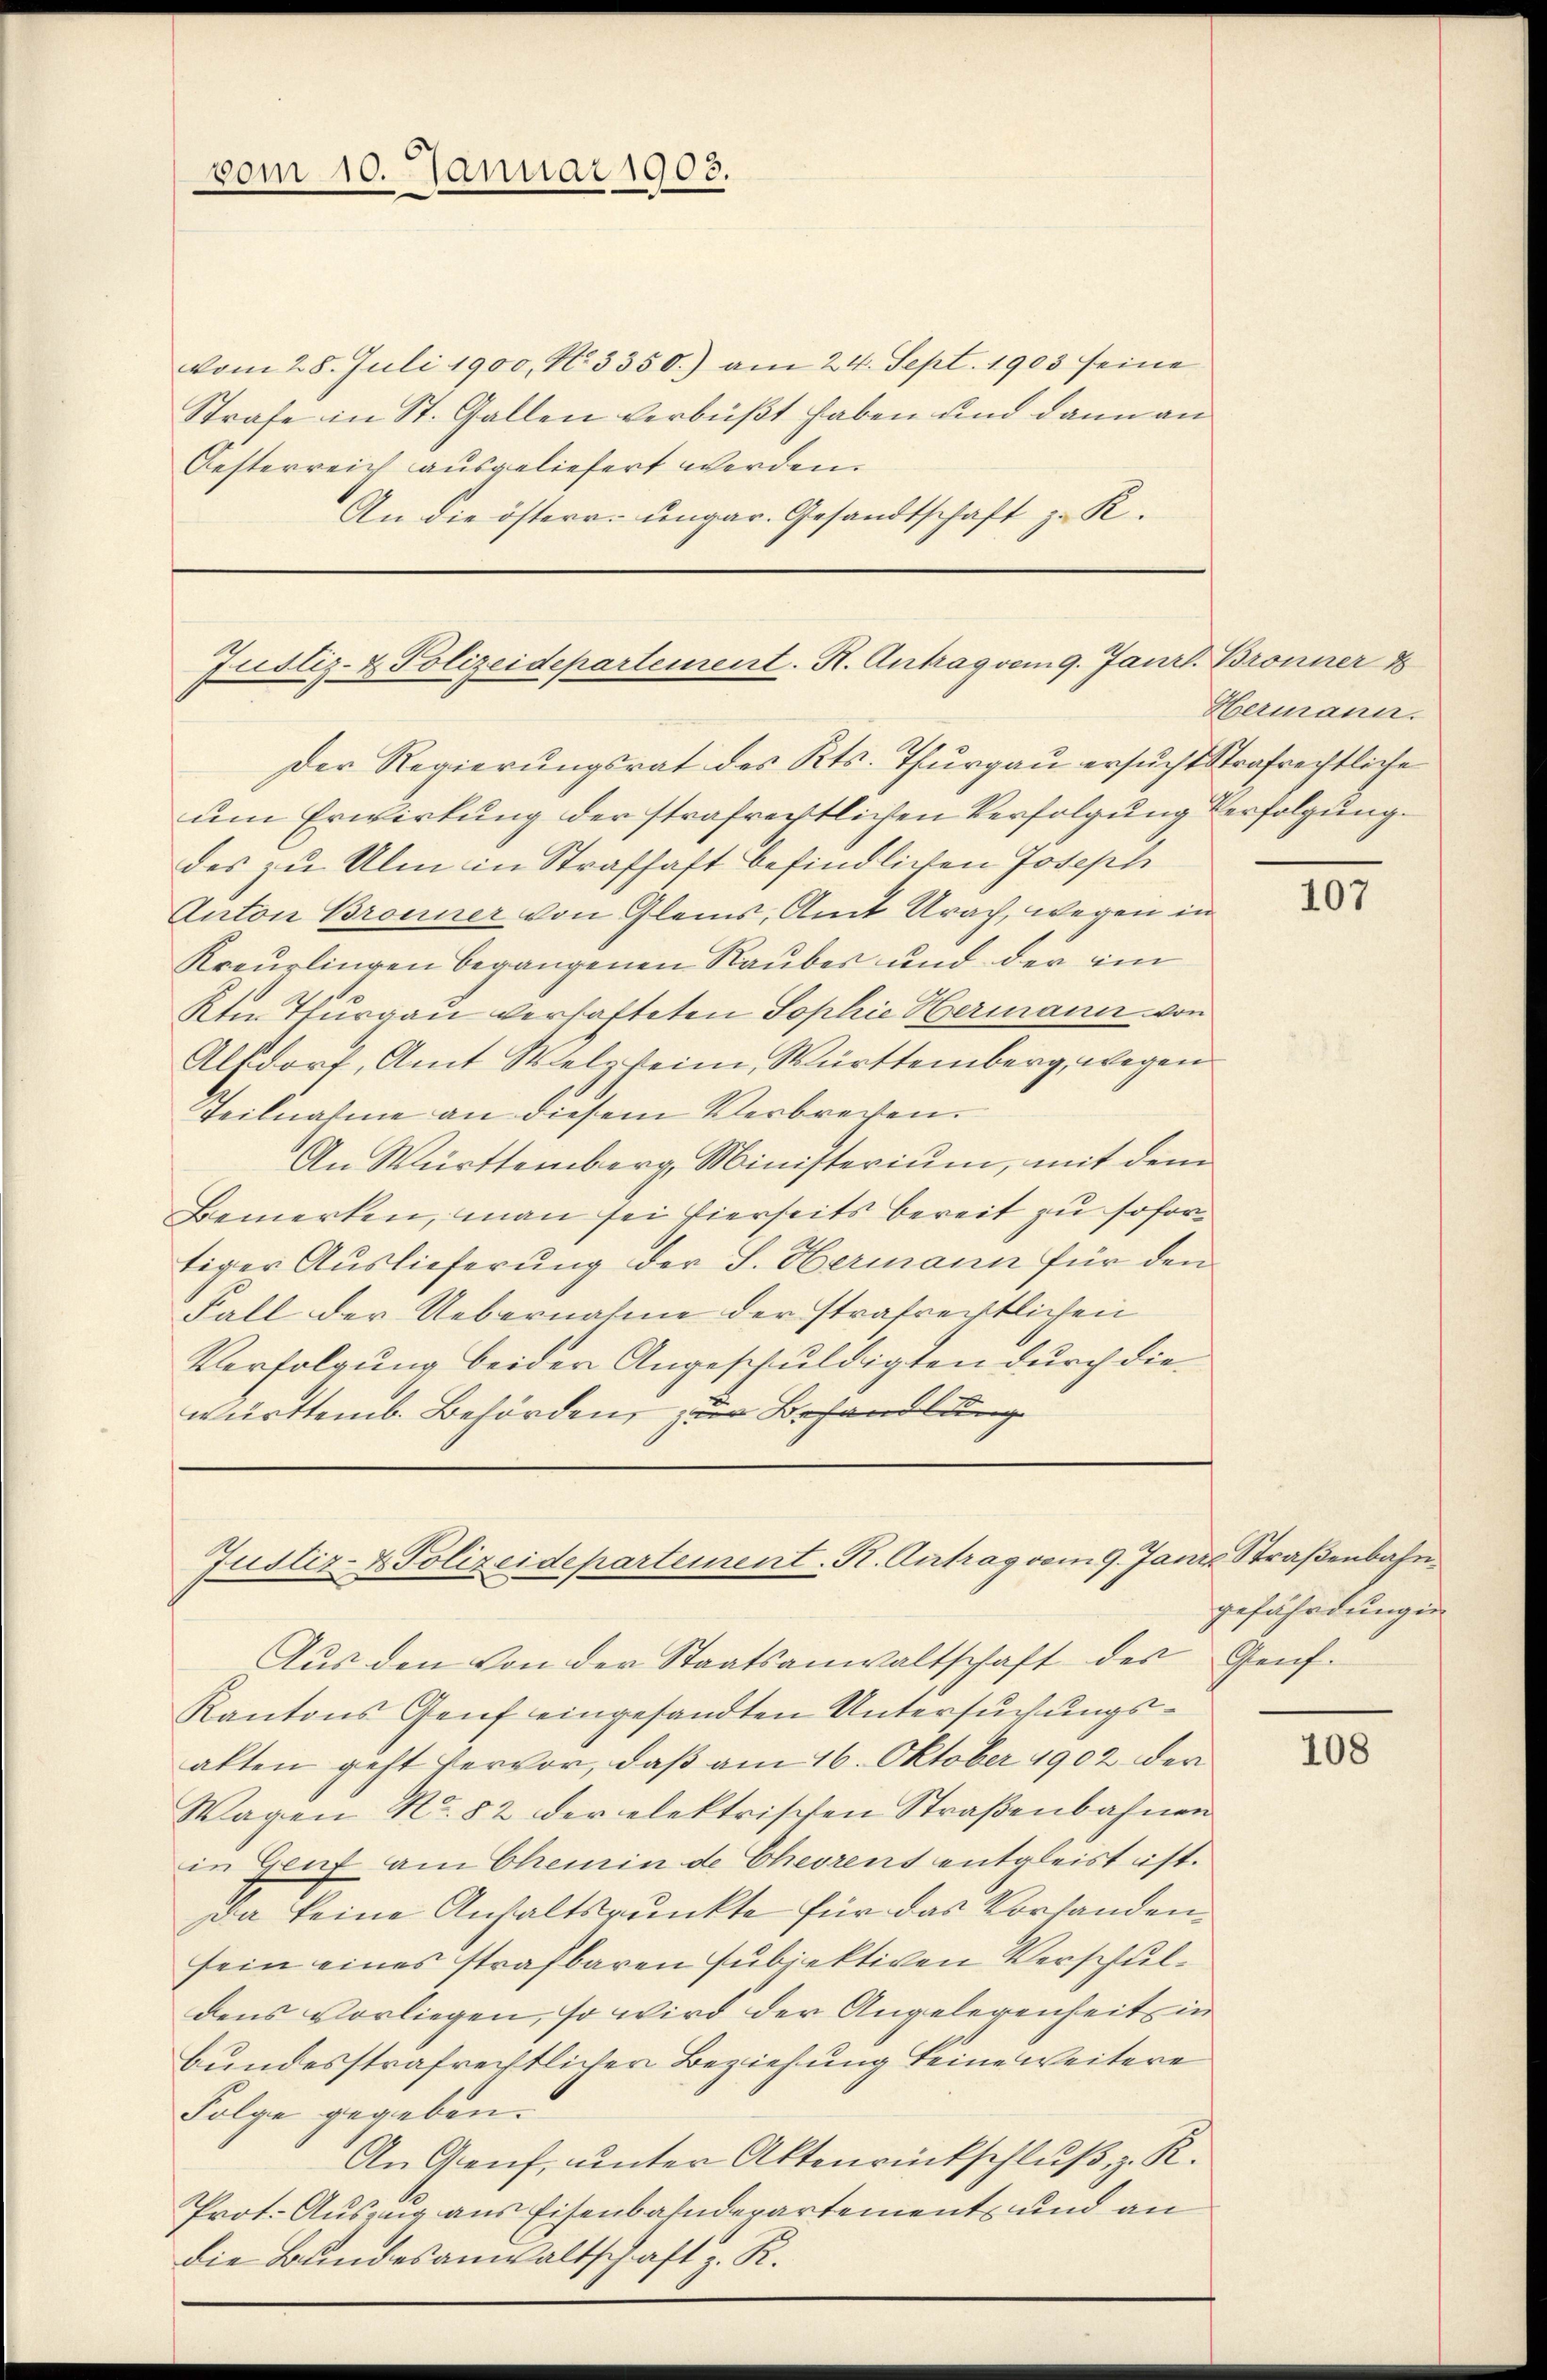
vom 10. Januar 1903.

vom 28. Juli 1900, No 3350.) am 24. Sept. 1903 seine
Strafe in St. Gallen verbüßt haben und dann an
Oesterreich ausgeliefert werden.
An die österr. ungar. Gesandtschaft zu R.

Justiz- & Polizeidepartement. K. Antrag vom 9. Janr. Bronner 8
Der Regierungsrat des Kts. Thurgau ersucht Strafrechtliche

um Erwirkung der strafrechtlichen Verfolgung Verfolgung
des zu Ulm in Strafhaft befindlichen Joseph
Anton Bronner von Gleins, Amt Urach, wegen in
Kreuzlingen begangenen Rauber und der im
Kin Thurgau verhafteten Sophie Hermann von
Alsdorf, Amt Welzheim Württemberg, wegen
Teilnahme an diesem Verbrechen.
An Württemberg, Ministerium, mit dem
Bemerken, man sei hierseits bereit zu sofortiger Auslieferung der S. Hermann für den
Fall der Uebernahme der strafrechtlichen
Verfolgung beider Angeschuldigten durch diewürttemb. Behörden, zur Behandlung

Justiz- & Polizeidepartement R. Antrag vom 9. Jani, Straßenbahn

Hermann.

Aŭs den von der Staatsanwaltschaft des Genf.
Kantons Genf eingesandten Untersuchungsakten geht hervor, daß am 16. Oktober 1902 der
Wagen No. 82 der elektrischen Straßenbahnen
in Gruf am Chemin de Cheorent entgleist ist.
Da keine Anhaltspunkte für das Vorhandensein eines strafbaren subjektiven Verschuldens vorliegen, so wird der Angelegenheits in
bundesstrafrechtlichen Beziehung keine weitere
Folge gegeben.
An Genf, unter Aktenrückschluß, z. R.
Prot. Auszug aus Eisenbahndepartement und an
die Bundesanwaltschaft z. R.

107

gefährdung in

108